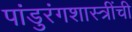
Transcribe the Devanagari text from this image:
पांडुरंगशास्त्रींची